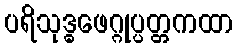
ပရိသုဒ္ဓဖေဂ္ဂုပ္ပတ္တကထာ